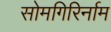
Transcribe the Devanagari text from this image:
सोमगिरिर्नाम